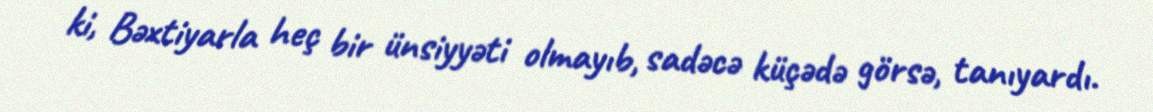
ki, Bəxtiyarla heç bir ünsiyyəti olmayıb, sadəcə küçədə görsə, tanıyardı.